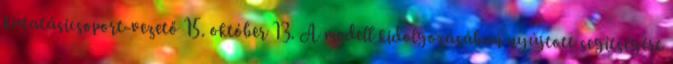
kutatásicsoport-vezető 15. október 13. A modell kidolgozásában nyújtott segítségért